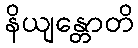
နိယျန္တောတိ